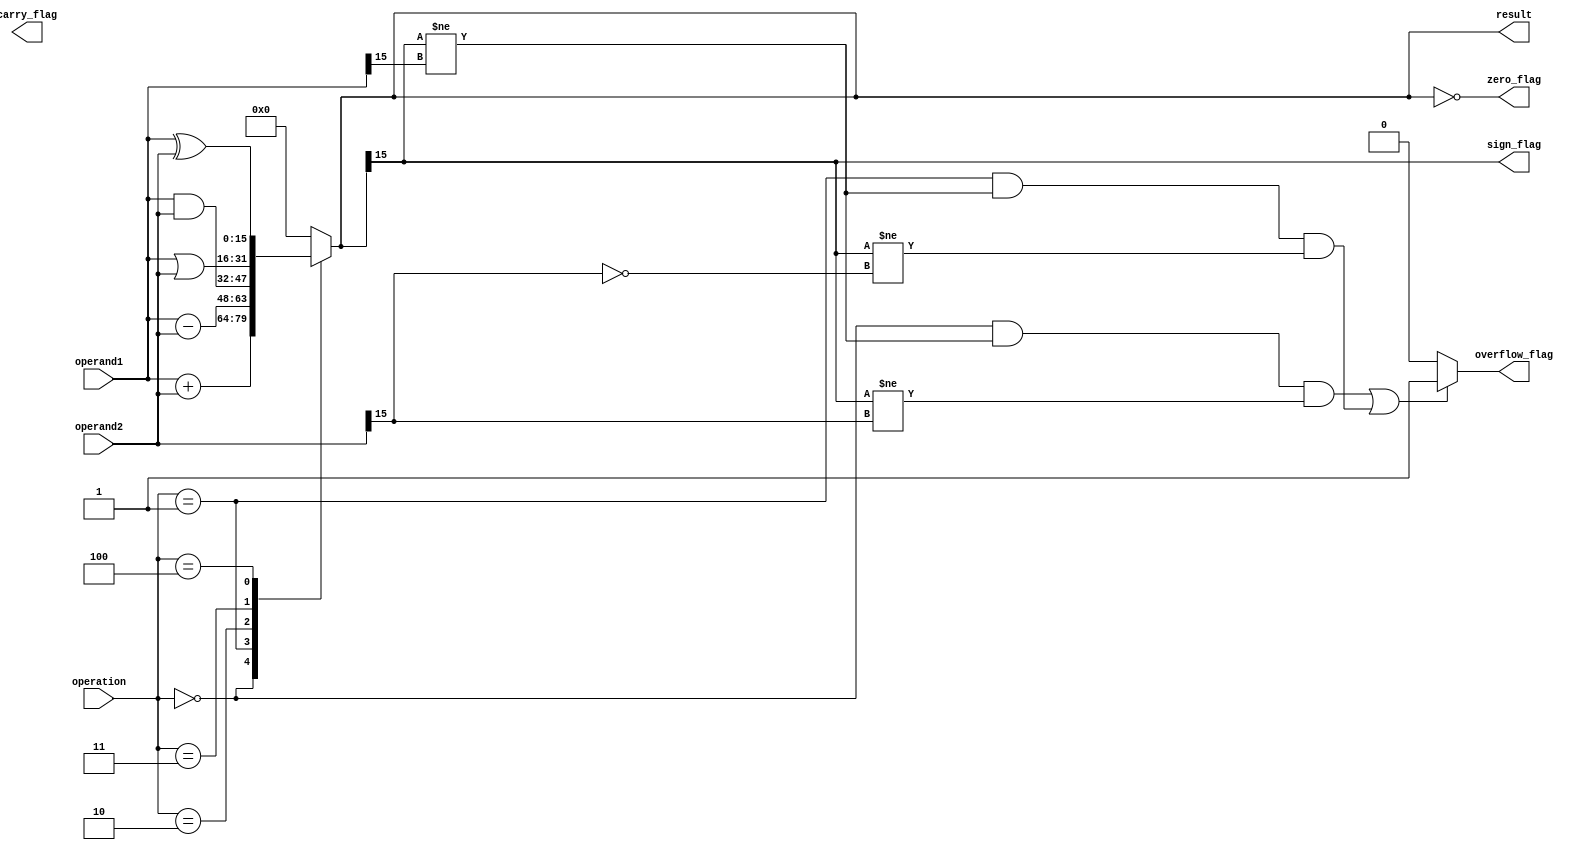
module ALU (
    input [15:0] operand1,
    input [15:0] operand2,
    input [2:0] operation,
    output [15:0] result,
    output overflow_flag,
    output carry_flag,
    output zero_flag,
    output sign_flag
);

// Declare internal signals
reg [15:0] temp_result;

reg overflow_flag;
reg carry_flag;
reg zero_flag;
reg sign_flag;

// Perform the desired operation based on the control signal
always @ (*) begin
    case(operation)
        3'b000: temp_result = operand1 + operand2; // Addition
        3'b001: temp_result = operand1 - operand2; // Subtraction
        3'b010: temp_result = operand1 & operand2; // Bitwise AND
        3'b011: temp_result = operand1 | operand2; // Bitwise OR
        3'b100: temp_result = operand1 ^ operand2; // Bitwise XOR
        default: temp_result = 16'b0;
    endcase
    
    // Check for overflow
    if((operation == 3'b000 && temp_result[15] != operand1[15] && temp_result[15] != operand2[15]) ||
        (operation == 3'b001 && temp_result[15] != operand1[15] && temp_result[15] != ~operand2[15])) begin
        overflow_flag = 1;
    end else begin
        overflow_flag = 0;
    end
    
    // Update flags
    carry_flag = (temp_result[16] != 0);
    zero_flag = (temp_result == 16'b0);
    sign_flag = temp_result[15];
end

assign result = temp_result;

endmodule